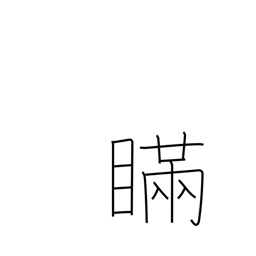
Meaning: deception